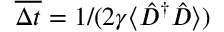
\overline { { \Delta t } } = 1 / ( 2 \gamma \langle \hat { D } ^ { \dagger } \hat { D } \rangle )